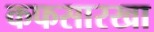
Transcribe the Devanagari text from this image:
कफसारखा